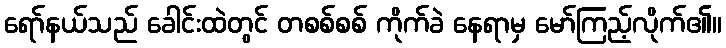
ရော်နယ်သည် ခေါင်းထဲတွင် တစစ်စစ် ကိုက်ခဲ နေရာမှ မော်ကြည့်လိုက်၏။